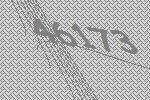
46173